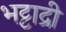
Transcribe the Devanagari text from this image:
भट्टाद्री